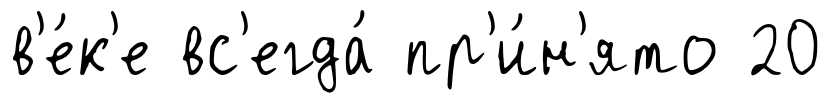
в'е́к'е вс'егда́ пр'и́н'ято 20